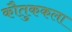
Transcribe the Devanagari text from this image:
कौतुककला